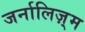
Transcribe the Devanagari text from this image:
जर्नालिज़्म